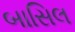
બાસિલ